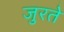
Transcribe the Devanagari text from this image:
जुरते